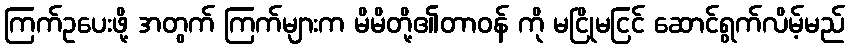
ကြက်ဥပေးဖို့ အတွက် ကြက်များက မိမိတို့၏တာဝန် ကို မငြိုမငြင် ဆောင်ရွက်လိမ့်မည်